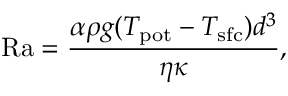
\mathrm { R a } = \frac { \alpha \rho g ( T _ { \mathrm { p o t } } - T _ { \mathrm { s f c } } ) d ^ { 3 } } { \eta \kappa } ,